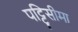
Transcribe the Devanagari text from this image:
पट्टिसीमा